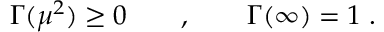
\Gamma ( \mu ^ { 2 } ) \ge 0 \qquad , \qquad \Gamma ( \infty ) = 1 \; .